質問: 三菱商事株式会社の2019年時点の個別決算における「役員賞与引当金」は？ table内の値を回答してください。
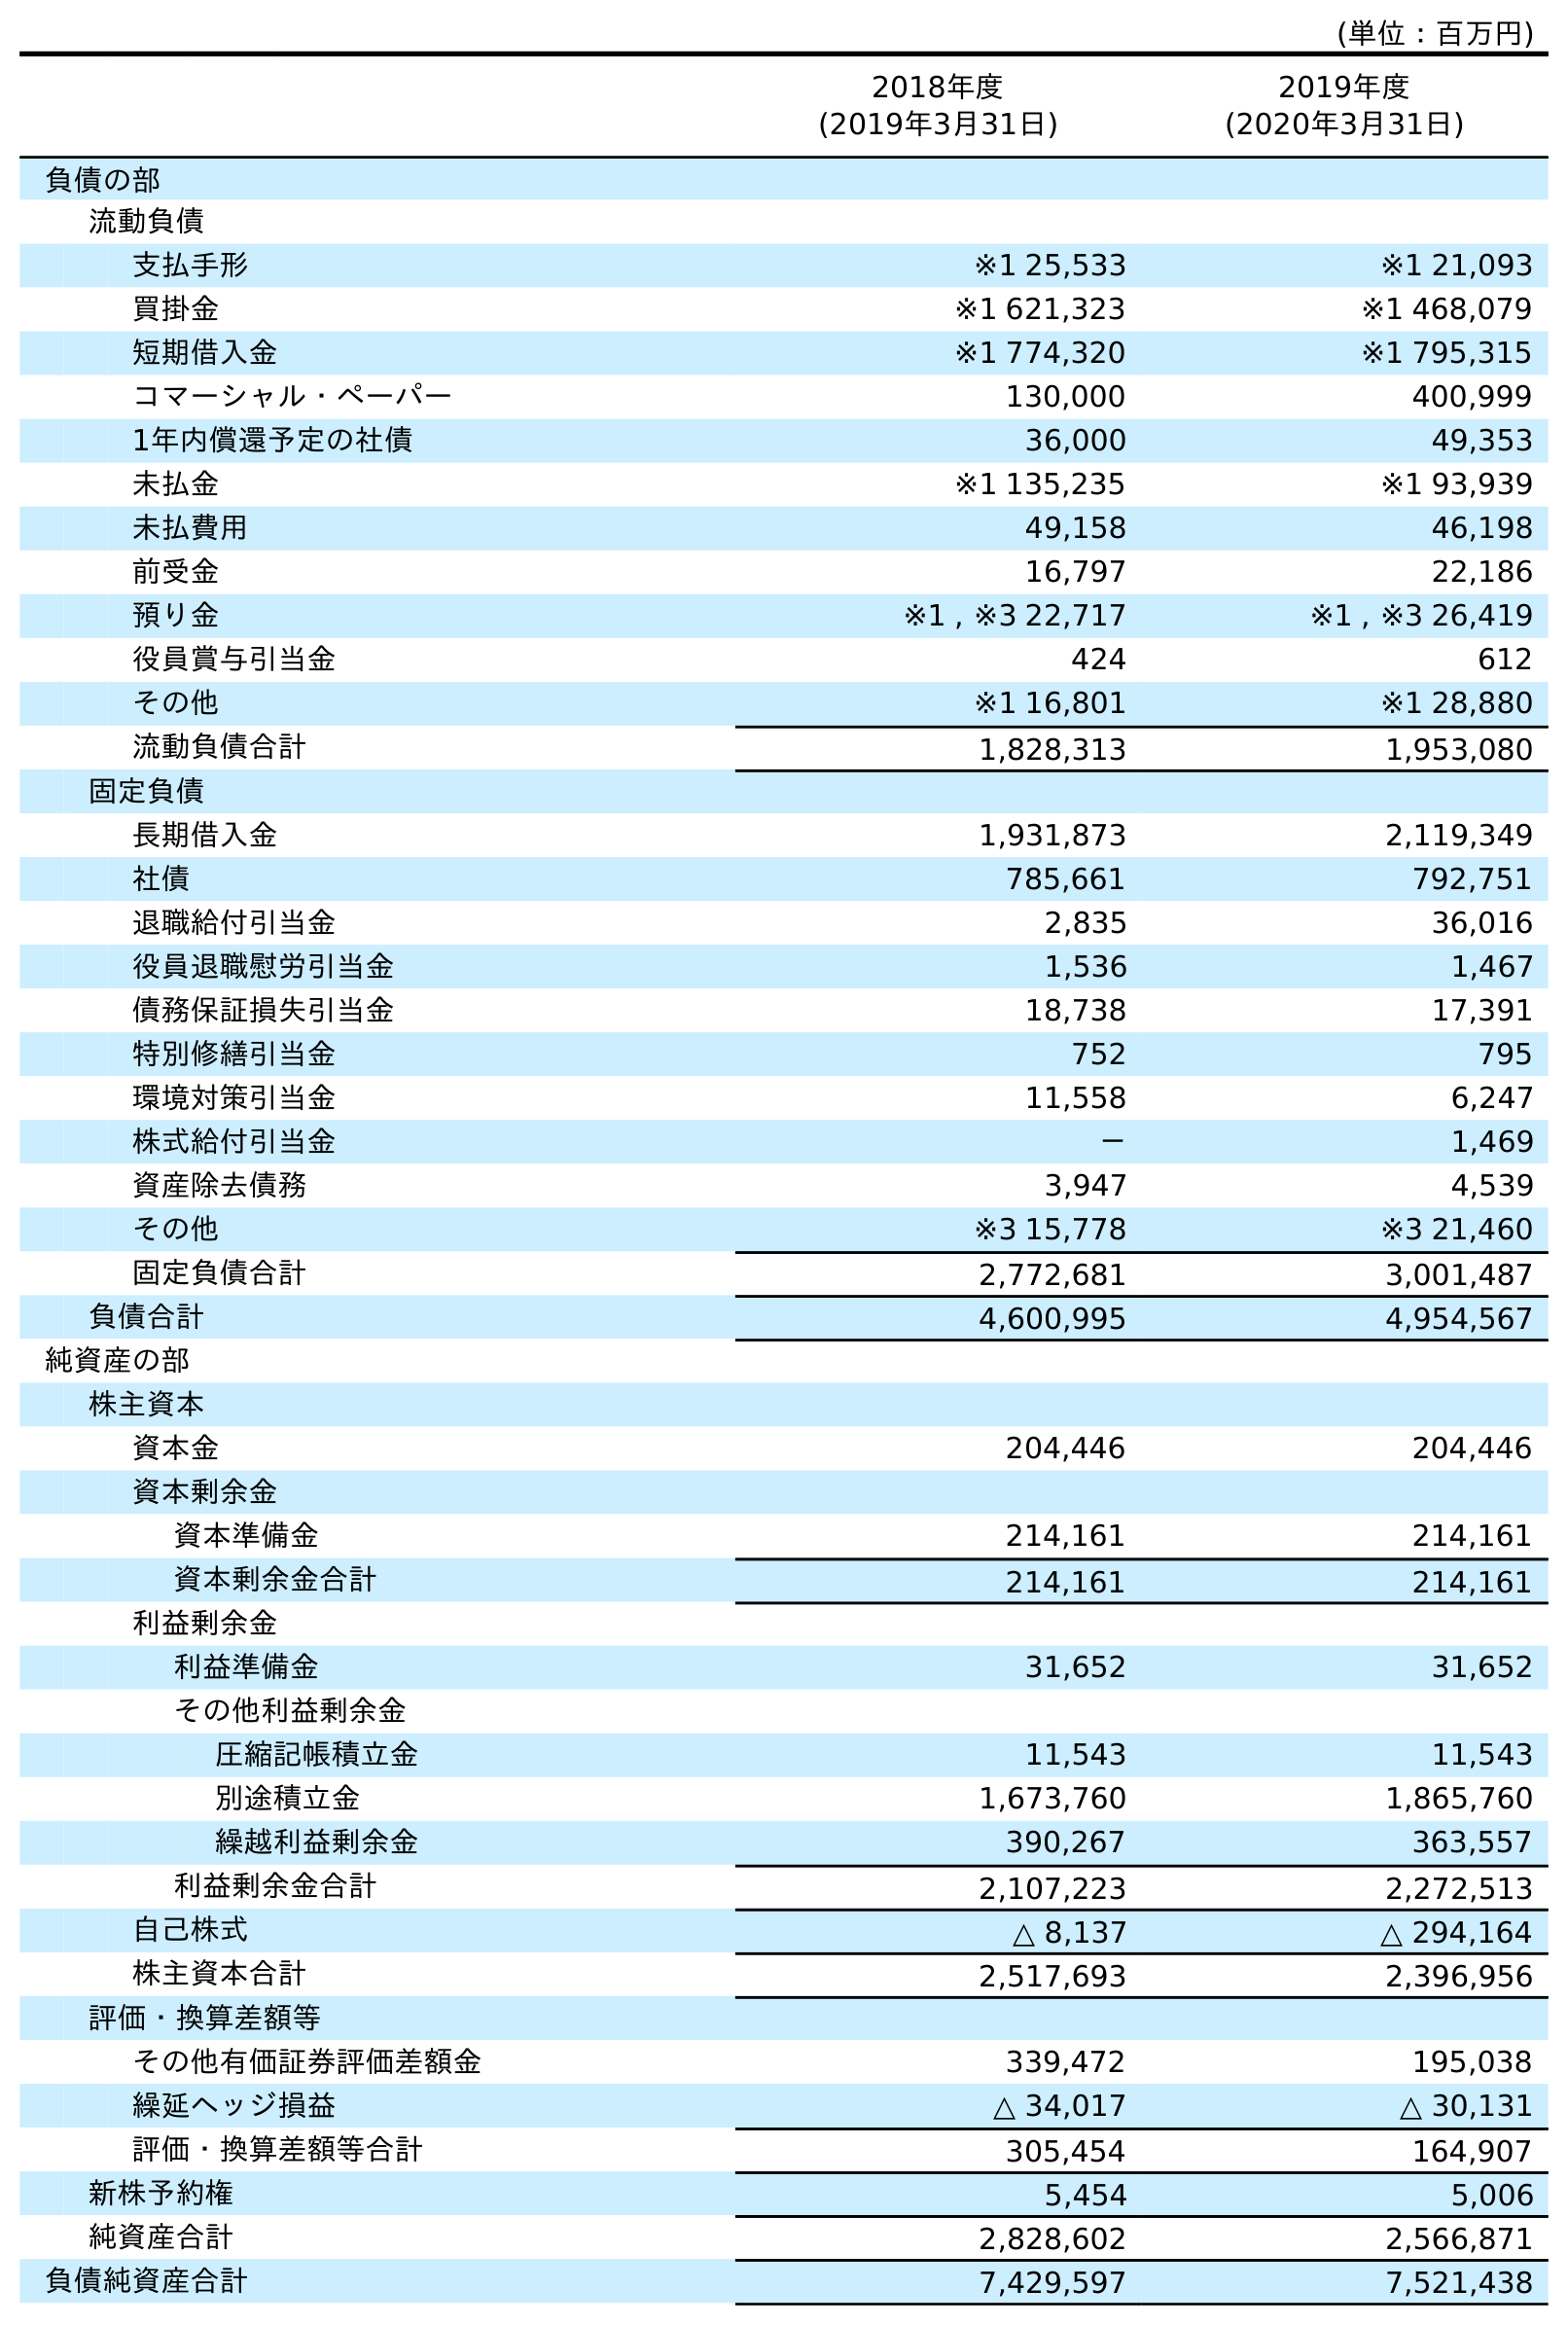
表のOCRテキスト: (単位：百万円) 2018年度 (2019年3月31日) 2019年度 (2020年3月31日) 負債の部 流動負債 支払手形 ※1 25,533 ※1 21,093 買掛金 ※1 621,323 ※1 468,079 短期借入金 ※1 774,320 ※1 795,315 コマーシャル・ペーパー 130,000 400,999 1年内償還予定の社債 36,000 49,353 未払金 ※1 135,235 ※1 93,939 未払費用 49,158 46,198 前受金 16,797 22,186 預り金 ※1 , ※3 22,717 ※1 , ※3 26,419 役員賞与引当金 424 612 その他 ※1 16,801 ※1 28,880 流動負債合計 1,828,313 1,953,080 固定負債 長期借入金 1,931,873 2,119,349 社債 785,661 792,751 退職給付引当金 2,835 36,016 役員退職慰労引当金 1,536 1,467 債務保証損失引当金 18,738 17,391 特別修繕引当金 752 795 環境対策引当金 11,558 6,247 株式給付引当金 － 1,469 資産除去債務 3,947 4,539 その他 ※3 15,778 ※3 21,460 固定負債合計 2,772,681 3,001,487 負債合計 4,600,995 4,954,567 純資産の部 株主資本 資本金 204,446 204,446 資本剰余金 資本準備金 214,161 214,161 資本剰余金合計 214,161 214,161 利益剰余金 利益準備金 31,652 31,652 その他利益剰余金 圧縮記帳積立金 11,543 11,543 別途積立金 1,673,760 1,865,760 繰越利益剰余金 390,267 363,557 利益剰余金合計 2,107,223 2,272,513 自己株式 △ 8,137 △ 294,164 株主資本合計 2,517,693 2,396,956 評価・換算差額等 その他有価証券評価差額金 339,472 195,038 繰延ヘッジ損益 △ 34,017 △ 30,131 評価・換算差額等合計 305,454 164,907 新株予約権 5,454 5,006 純資産合計 2,828,602 2,566,871 負債純資産合計 7,429,597 7,521,438
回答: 424